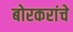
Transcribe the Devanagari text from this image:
बोरकरांचे